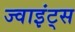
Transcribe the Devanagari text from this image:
ज्वाइंट्स